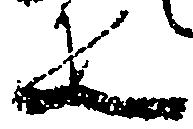
疋